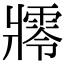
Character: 𤖜